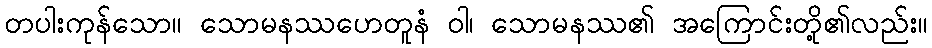
တပါးကုန်သော။ သောမနဿဟေတူနံ ဝါ၊ သောမနဿ၏ အကြောင်းတို့၏လည်း။